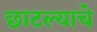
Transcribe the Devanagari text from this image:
छाटल्याचे